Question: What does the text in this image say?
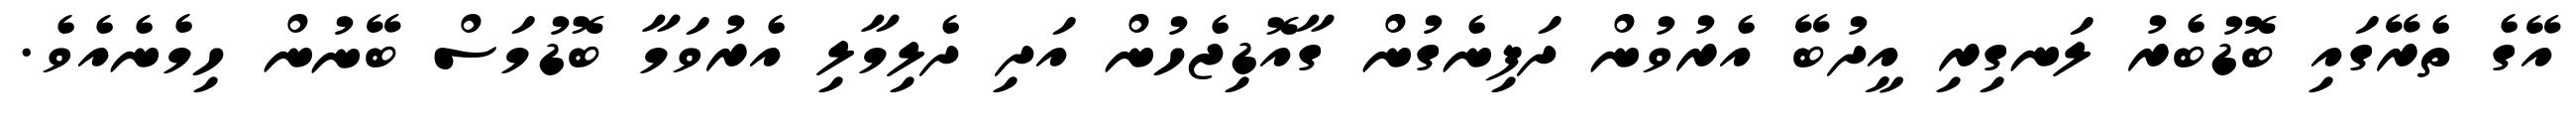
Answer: އޭގެ ތެރޭގައި ބޮޑުބެރު ލަނގިރި އީދުބޭ އެރުވުން ދަފިނެގުން ގާއޮޑިޖެހުން އަދި ދެލިމާލި އެރުވަމާ ބޮޑުމަސް ބޭނުން ހިމެނެއެވެ.